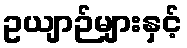
ဥယျာဉ်များနှင့်